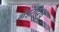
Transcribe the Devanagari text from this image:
गंडरदित्य